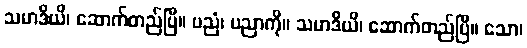
သမာဒိယိ၊ ဆောက်တည်ပြီ။ ပညံ၊ ပညာကို။ သမာဒိယိ၊ ဆောက်တည်ပြီ။ သော၊